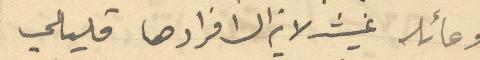
وعائله غيث لا يزال افرادها قليلي